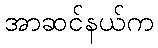
အာဆင်နယ်က